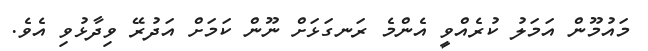
މައުމޫން އަމަލު ކުރެއްވީ އެންމެ ރަނގަޅަށް ނޫން ކަމަށް އަދުރޭ ވިދާޅުވި އެވެ.